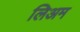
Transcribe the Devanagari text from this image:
लिअम